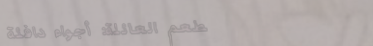
مطعم العائلة: أجواء دافئة